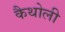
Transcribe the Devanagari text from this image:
कैथोली